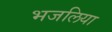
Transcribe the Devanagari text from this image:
भजलिया